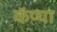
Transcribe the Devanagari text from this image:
कॅप्चा